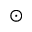
_ \odot